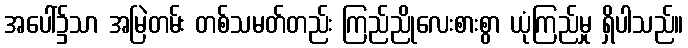
အပေါ်၌သာ အမြဲတမ်း တစ်သမတ်တည်း ကြည်ညိုလေးစားစွာ ယုံကြည်မှု ရှိပါသည်။